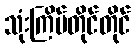
သုံးကြိမ်တိုင်တိုင်